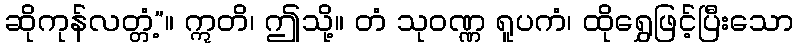
ဆိုကုန်လတ္တံ့”။ ဣတိ၊ ဤသို့။ တံ သုဝဏ္ဏ ရူပကံ၊ ထိုရွှေဖြင့်ပြီးသော